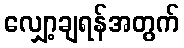
လျှော့ချရန်အတွက်